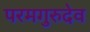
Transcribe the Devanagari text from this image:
परमगुरुदेव